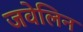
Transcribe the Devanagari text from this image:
जवेलिन